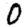
Digit: 0